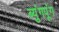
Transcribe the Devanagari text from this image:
ब्युंगपूंग